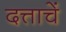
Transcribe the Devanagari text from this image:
दत्ताचें